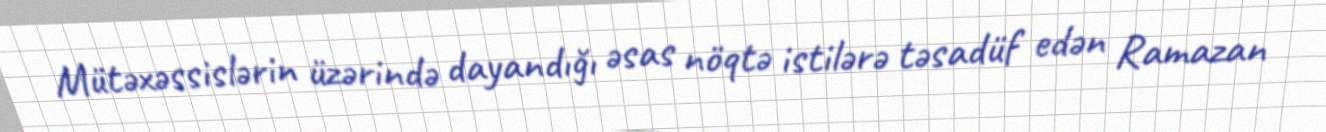
Mütəxəssislərin üzərində dayandığı əsas nöqtə istilərə təsadüf edən Ramazan